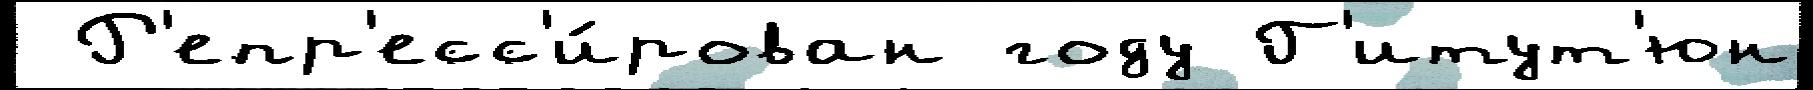
 Р'епр'есс'и́рован году Г'итут'юн